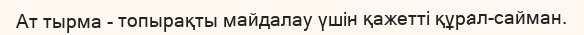
Ат тырма - топырақты майдалау үшін қажетті құрал-сайман.